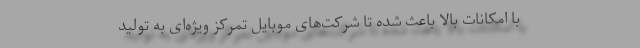
با امکانات بالا باعث شده تا شرکت‌های موبایل تمرکز ویژه‌ای به تولید